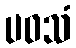
ပဝသံ